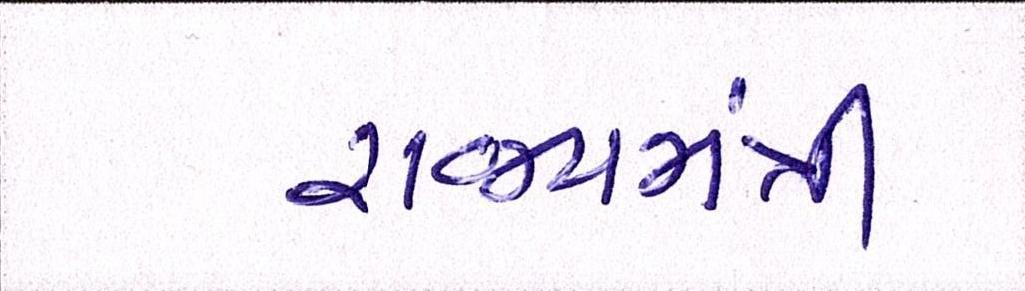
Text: રાજ્યમંત્રી